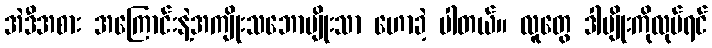
အဲဒီအစား အကြောင်းနဲ့အကျိုးသဘောမျိုးသာ ဟောခဲ့ ပါတယ်။ လူတွေ ဒါမျိုးကိုလုပ်ရင်